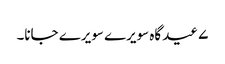
۷ عید گاہ سویرے سویرے جانا۔